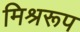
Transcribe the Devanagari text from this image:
मिश्ररूप